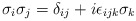
\begin{align*}\sigma_{i} \sigma_{j} = \delta_{ij} + i \epsilon_{ijk}\sigma_{k}\end{align*}